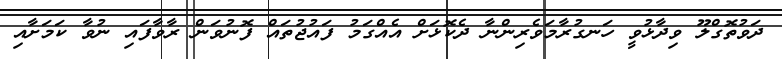
ދަވުތޮގްލޫ ވިދާޅުވީ ހަނގުރާމަވެރިންނާ ދެކޮޅަށް އެއްގަމު ފައުޖުތައް ފޮނުވަން ރާވާފައި ނުވާ ކަމަށާއި